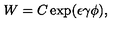
W = C \exp ( \epsilon \gamma \phi ) ,